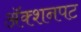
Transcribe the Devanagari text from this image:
अॅक्शनपट